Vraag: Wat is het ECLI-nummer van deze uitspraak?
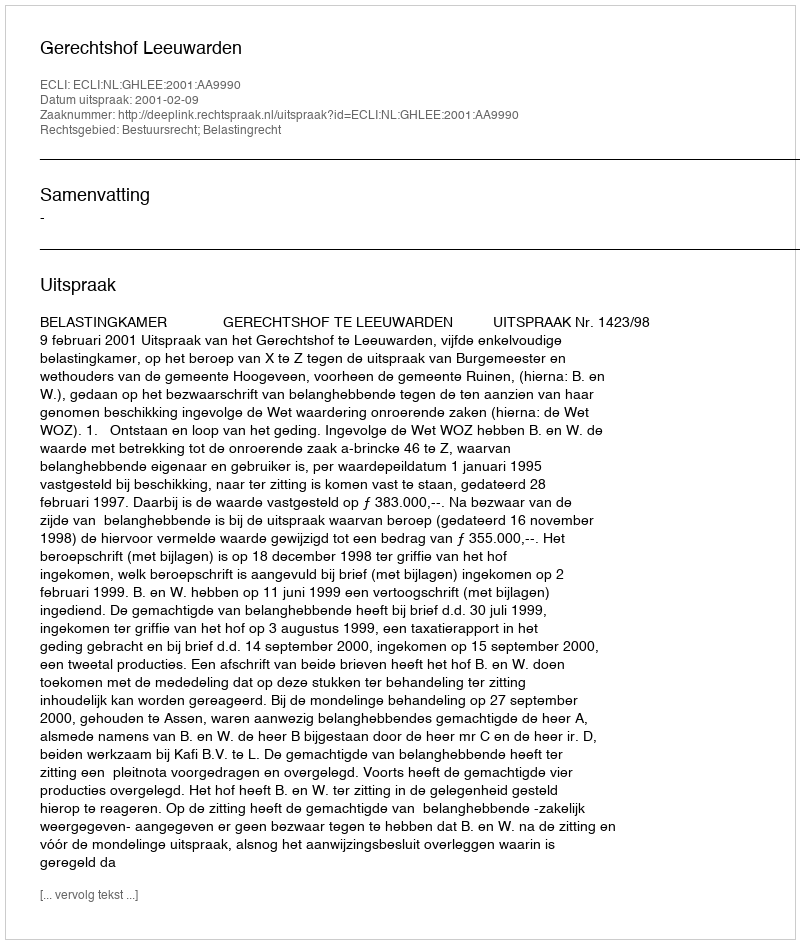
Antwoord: ECLI:NL:GHLEE:2001:AA9990